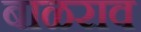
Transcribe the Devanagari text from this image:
बाळराव